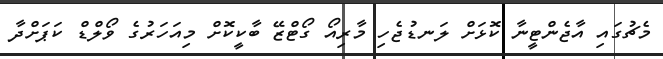
މެޗުގައި އާޖެންޓީނާ ކޮޅަށް ލަނޑުޖެހި މާރިއޯ ގޯޓްޒޭ ބާކީކޮށް މިއަހަރުގެ ވޯލްޑް ކަޕަށްދާ